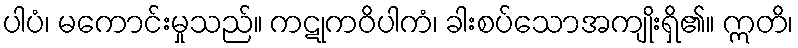
ပါပံ၊ မကောင်းမှုသည်။ ကဋုကဝိပါကံ၊ ခါးစပ်သောအကျိုးရှိ၏။ ဣတိ၊